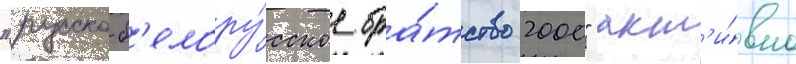
"русско-б'елору́сское бра́тство 2000" акт'и́вно